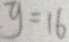
y = 1 6